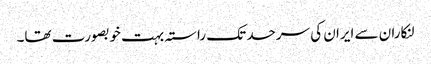
لنکاران سے ایران کی سرحد تک راستہ بہت خوبصورت تھا۔